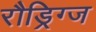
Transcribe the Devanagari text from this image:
रौड्रिग्ज